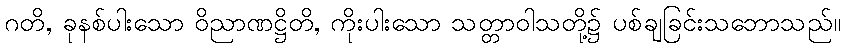
ဂတိ, ခုနစ်ပါးသော ဝိညာဏဋ္ဌိတိ, ကိုးပါးသော သတ္တာဝါသတို့၌ ပစ်ချခြင်းသဘောသည်။